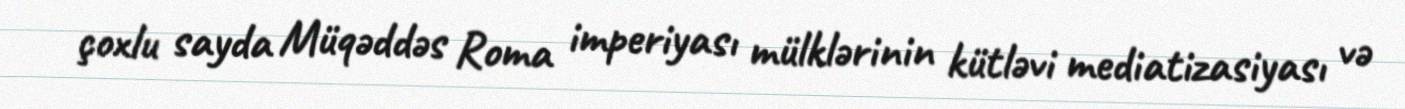
çoxlu sayda Müqəddəs Roma imperiyası mülklərinin kütləvi mediatizasiyası və